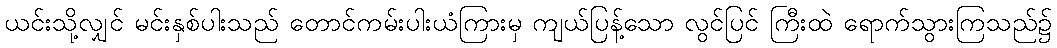
ယင်းသို့လျှင် မင်းနှစ်ပါးသည် တောင်ကမ်းပါးယံကြားမှ ကျယ်ပြန့်သော လွင်ပြင် ကြီးထဲ ရောက်သွားကြသည်၌